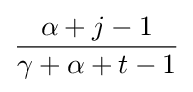
{\frac {\alpha +j-1}{\gamma +\alpha +t-1}}